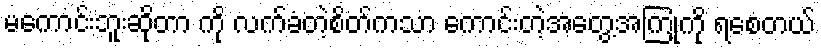
မကောင်းဘူးဆိုတာ ကို လက်ခံတဲ့စိတ်ကသာ ကောင်းတဲ့အတွေ့အကြုံကို ရစေတယ်